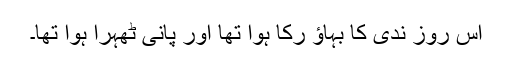
اس روز ندی کا بہاؤ رُکا ہوا تھا اور پانی ٹھہرا ہوا تھا۔